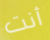
أنت